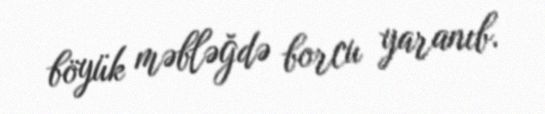
böyük məbləğdə borcu yaranıb.